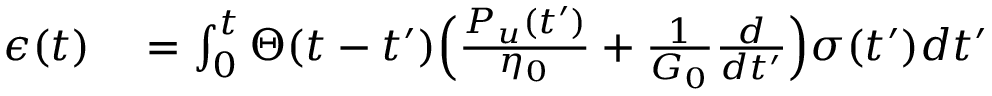
\begin{array} { r l } { { \epsilon } ( t ) } & { { } = \int _ { 0 } ^ { t } \Theta ( t - t ^ { \prime } ) \Big ( \frac { P _ { u } ( t ^ { \prime } ) } { \eta _ { 0 } } + \frac { 1 } { G _ { 0 } } \frac { d } { d t ^ { \prime } } \Big ) \sigma ( t ^ { \prime } ) d t ^ { \prime } } \end{array}